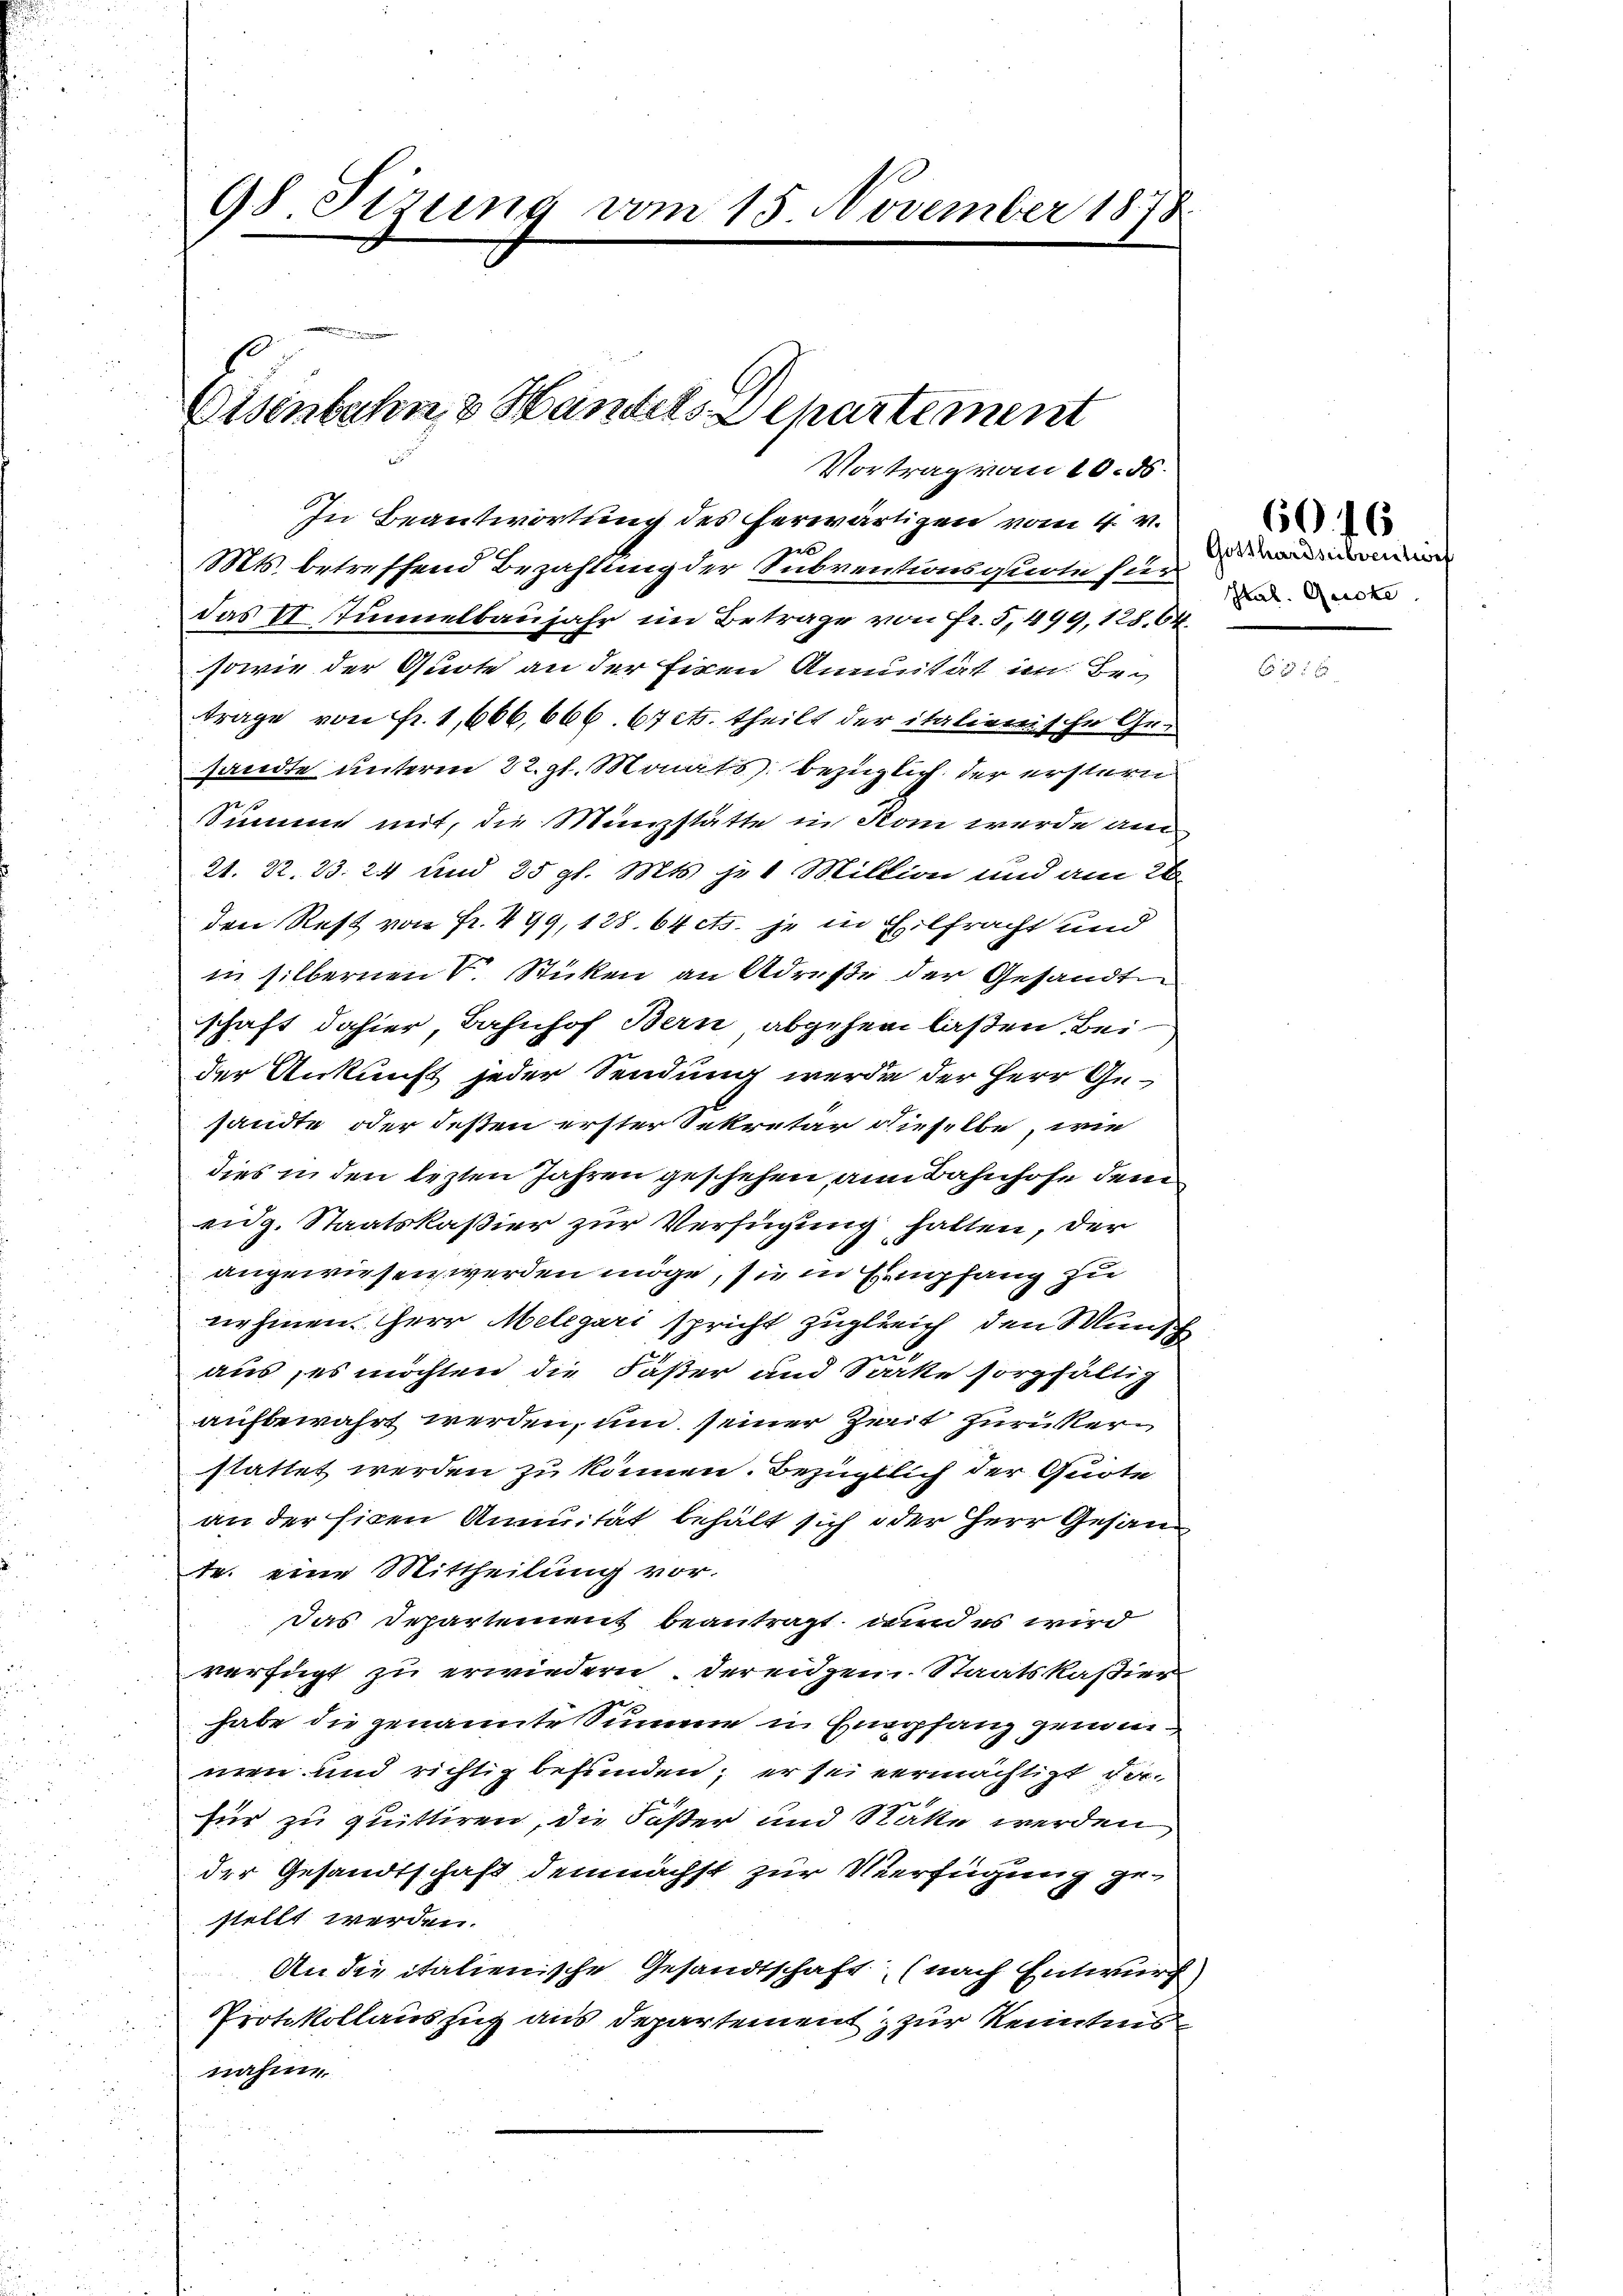
98. Sizung vom 15. November 1878

Eisenbahn, 3 Handels-Departement

Vortrag vom 10. ds.

In Beantwortung des herwärtigen vom 4. v.
2
Mts. betreffend Bezahlung der Subventionsquote für
das II Tunnelbaujahr im Betrage von Fr. 5. 499, 128,64
sowie der Quote an der Eisen Annuität im Betrage von Fr. 1,666, 666. 67 cts. theilt der italienische Gr.
sandte unteren 22. gl. Monats bezüglich der erstern
Summe mit, die Münzstätte in Rom werde am
21. 22. 23. 24 und 25 gl. Mts. je 1 Million und am 26.
den Rest von Fr. 499, 128. 64 cts. je in Eilfracht und
in silbernen v. Sticken an Adreste der Gesandte
schaft dahier, Bahnhof Bern abgehen laßen. Bei
der Ankunft jeder Sendung werde der Herr Gesandte oder deßen erster Sekretär dieselbe, wie
dies in den lezten Jahren geschehen, an Bahnhofe dem
eidg. Staatskaßier zur Verfügung halten, der
angewiesen werden möge, sie in Empfang zu
nehmen. Herr Melegari spricht zugleich den Wunsch
aus, es möchten die Fäßer und Socke sorgfältig
aufbewahrt werden, um seiner Zeit zurükerstattet werden zu können. Bezüglich der Quote
an der Eisen Annuität behält sich oder Herr Gesan
tr. eine Mittheilung vor.
Das Departement beantragt, und es wird
verfügt zu erwiedern. Derenzen. Staatskaßier
e
habe die genannte Summe in Empfang zumeimen und richtig befunden; er sei vermächtigt der
für zu quittiren, die Söster und Statte werden
der Gesandtschaft demnächst zur Verfügung gestellt werden.
An die italienische Gesandtschaft (nach Entwurf,
Protokollauszug aus Departement zur Kenntnis
nahme

Gotthardsubventes
Itat. Gucke

6046